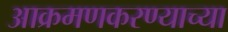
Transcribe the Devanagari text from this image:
आक्रमणकरण्याच्या